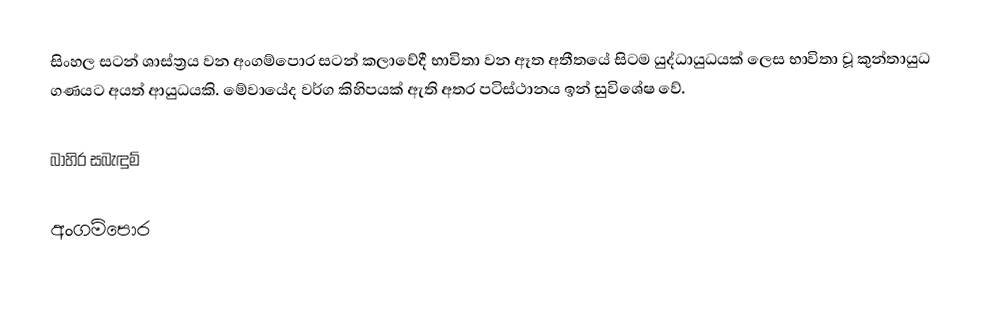
සිංහල සටන් ශාස්ත්‍රය වන අංගම්පොර සටන් කලාවේදී භාවිතා වන ඈත අතීතයේ සිටම යුද්ධායුධයක් ලෙස භාවිතා වූ කුන්තායුධ ගණයට අයත් ආයුධයකි. මේවායේද වර්ග කිහිපයක් ඇති අතර පටිස්ථානය ඉන් සුවිශේෂ වේ.

බාහිර සබැඳුම්

අංගම්පොර